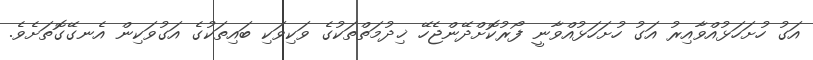
އަގު ހުށަހަޅުއްވާއިރު އަގު ހުށަހަޅުއްވާނީ ފޯރުކޮށްދޭންޖެހޭ ޚިދުމަތްތަކުގެ ވަކިވަކި ބައިތަކުގެ އަގުވަކިން އެނގޭގޮތަށެވެ.